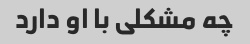
چه مشکلی با او دارد